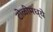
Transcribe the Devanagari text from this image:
टोळीमध्ये